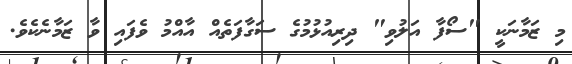
މި ޒަމާނަކީ "ސޯފާ އަލުވި" ދިރިއުޅުމުގެ ސަގާފަތެއް އާއްމު ވެފައި ވާ ޒަމާނެކެވެ.